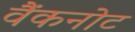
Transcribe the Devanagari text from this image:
वैंकनोट